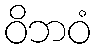
ဝိဘဝံ